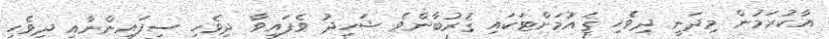
އާކުރަމުން މިދަނީ ދިވެހި ޤައުމަށްޓަކައި ޤުރުބާންވެ ޝަހިދު ވެފައިވާ ދިވެހި ސިފައިންނާއި ދިވެހި